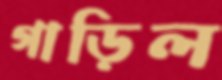
গাড়িল